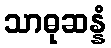
သာဓုဆန္နံ